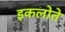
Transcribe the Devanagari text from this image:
इकलोते